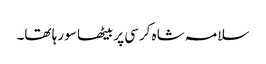
سلامہ شاہ کرسی پر بیٹھا سو رہا تھا۔